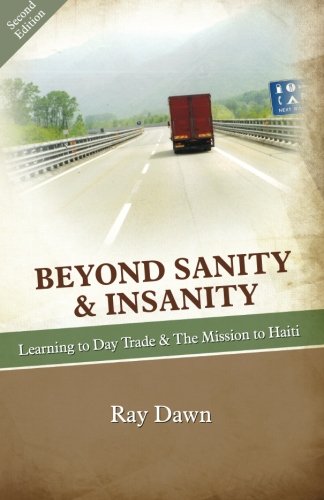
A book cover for BEYOND SANITY & INSANITY: Learning to Day Trade & The Mission to Haiti; Ray Dawn; Travel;